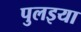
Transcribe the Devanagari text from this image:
पुलइया